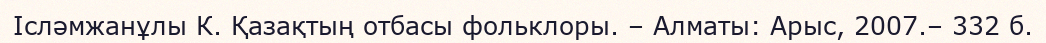
Ісләмжанұлы К. Қазақтың отбасы фольклоры. – Алматы: Арыс, 2007.– 332 б.